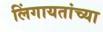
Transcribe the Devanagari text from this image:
लिंगायतांच्या